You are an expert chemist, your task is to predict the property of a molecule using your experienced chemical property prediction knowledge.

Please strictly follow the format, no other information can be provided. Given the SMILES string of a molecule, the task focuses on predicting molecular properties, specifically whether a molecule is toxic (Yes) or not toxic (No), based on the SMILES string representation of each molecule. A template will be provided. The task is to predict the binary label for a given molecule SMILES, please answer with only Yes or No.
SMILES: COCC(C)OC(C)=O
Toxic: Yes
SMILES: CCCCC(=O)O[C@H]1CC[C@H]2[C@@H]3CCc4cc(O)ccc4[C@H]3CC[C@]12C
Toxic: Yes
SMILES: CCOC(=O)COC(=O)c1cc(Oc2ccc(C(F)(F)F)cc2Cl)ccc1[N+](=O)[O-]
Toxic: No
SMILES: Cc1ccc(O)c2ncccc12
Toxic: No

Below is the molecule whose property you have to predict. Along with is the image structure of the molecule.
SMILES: NC(=O)CN1CC(O)CC1=O
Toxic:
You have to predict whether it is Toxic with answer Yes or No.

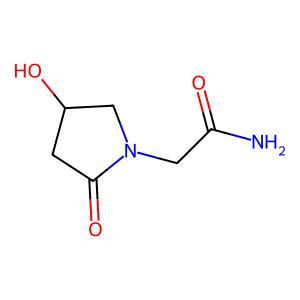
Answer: No